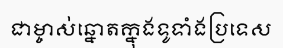
ជាម្ចាស់ឆ្នោតក្នុងទូទាំងប្រទេស